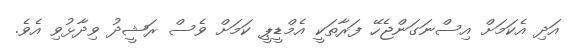
އަދި އެކަމަށް އިސްނަގަންޖެހޭ ފަރާތަކީ އެމްޑީޕީ ކަމަށް ވެސް ރަޝީދު ވިދާޅުވި އެވެ.